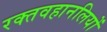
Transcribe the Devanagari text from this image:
रक्तवहानलियों